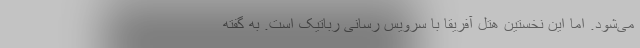
می‌شود. اما این نخستین هتل آفریقا با سرویس رسانی رباتیک است. به گفته